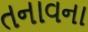
તનાવના